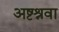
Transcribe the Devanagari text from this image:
अष्टश्रवा